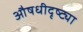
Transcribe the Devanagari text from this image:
औषधीदृष्ट्या